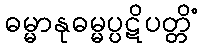
ဓမ္မာနုဓမ္မပ္ပဋိပတ္တိံ